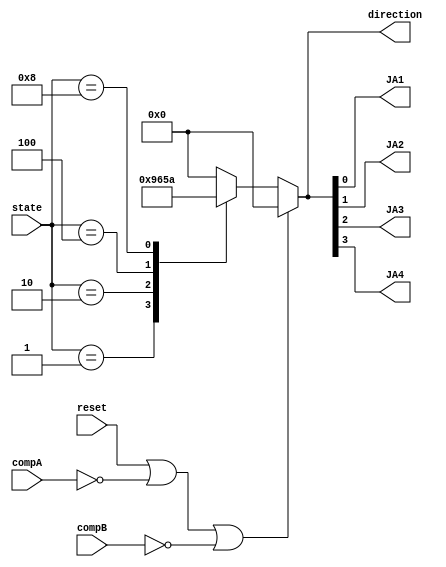
`timescale 1ns / 1ps
//////////////////////////////////////////////////////////////////////////////////
// Company: 
// Engineer: 
// 
// Design Name: 
// Module Name: Nano_project_MotorDriver
// Project Name: 
// Target Devices: 
// Tool Versions: 
// Description: 
// 
// Dependencies: 
// 
// Revision:
// Revision 0.01 - File Created
// Additional Comments:
// 
//////////////////////////////////////////////////////////////////////////////////


module Pico_project_MotorDriver(

    input reset,
	input [5:0] state,
	input compA,compB,
	output reg [3:0] direction,
    output JA1, JA2, JA3, JA4
    );
	//-------------STATE DECODING----------------------------------		
        	localparam stop = 4'b0000;
		localparam forward = 4'b0001;
		localparam backward = 4'b0010;
		localparam right = 4'b0100;
		localparam left = 4'b1000;
	//------------------STATE ENCODING----------------------------------	
		localparam stop_control = 4'b0000;
		localparam forward_control = 4'b1001; 
		localparam backward_control = 4'b0110;
		localparam right_control = 4'b0101;
		localparam left_control = 4'b1010;
		
//-------------PARAMETER INITIALIZATION------------------------
        initial begin
			direction = 0;
			
        end
//----------CHANGE DETECTION BASED CONTROL-----------------------------------
	always @ (*) begin						// at every positive and negative edge of the clock
		if(reset || compA == 0 || compB == 0) begin			// if the reset button is pressed or overcurrent protection is triggered
                	direction = stop_control;					// stop all movement
                end								
            	else begin							// else
			case(state)							// case statement for the "state" input
				stop : begin							// if the case is "stop" 
					direction = 0;							// no direction
				end
				forward : begin							// if the case is "forward"
					direction = forward_control;					// go forwards
				end
				backward : begin						// if the case is "backward"
					direction = backward_control;					// go backwards
				end
				right : begin							// if the case is "right"
					direction = right_control;					// turn right
				end
				left : begin							// if the case is "left"
					direction = left_control;					// turn left
				end
				default : begin							// if no switch is on
					direction = 0;							// no direction
				end
			endcase
		  end
        end

//---------FINAL OUTPUT ASSIGNMENTS-----------------------------------------

	//set control bits to value of control switches
	assign JA1 = direction[0];
	assign JA2 = direction[1];
	assign JA3 = direction[2];
	assign JA4 = direction[3];
	
endmodule